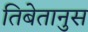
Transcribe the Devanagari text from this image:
तिबेतानुस